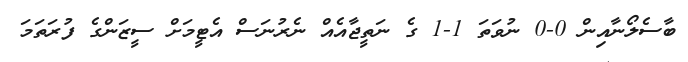
ބާސެލޯނާއިން 0-0 ނުވަތަ 1-1 ގެ ނަތީޖާއެއް ނެރުނަސް އެޓީމަށް ސީޒަންގެ ފުރަތަމަ